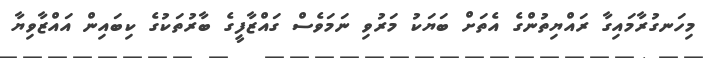
މިހަނގުރާމައިގާ ރައްޔިތުންގެ އެތަށް ބަޔަކު މަރުވި ނަމަވެސް ގައްޒާފީގެ ބާރުތަކުގެ ކިބައިން އައްޒާވިޔާ